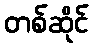
တစ်ဆိုင်